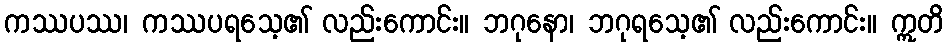
ကဿပဿ၊ ကဿပရသေ့၏ လည်းကောင်း။ ဘဂုနော၊ ဘဂုရသေ့၏ လည်းကောင်း။ ဣတိ